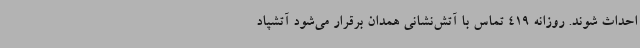
احداث شوند. روزانه 419 تماس با آتش‌نشانی همدان برقرار می‌شود آتشپاد